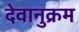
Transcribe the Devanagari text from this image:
देवानुक्रम